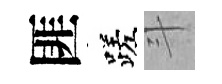
匪蹉斗